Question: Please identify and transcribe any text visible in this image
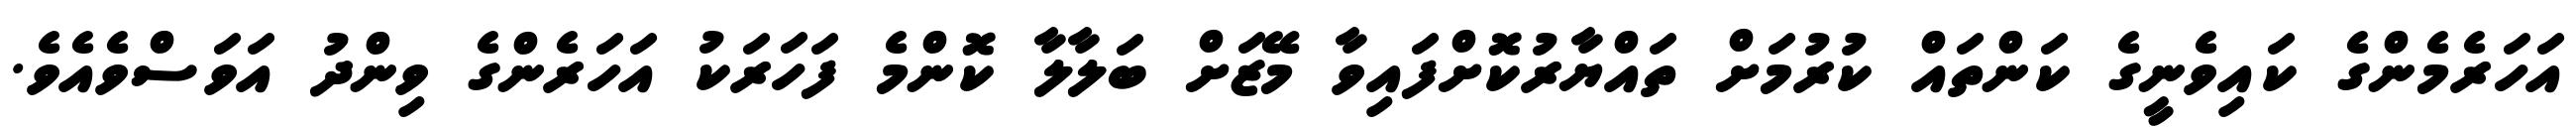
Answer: އަހަރެމެންގެ ކައިވެނީގެ ކަންތައް ކުރުމަށް ތައްޔާރުކޮށްފައިވާ މޭޒަށް ބަލާލާ ކޮންމެ ފަހަރަކު އަހަރެންގެ ވިންދު އަވަސްވެއެވެ.